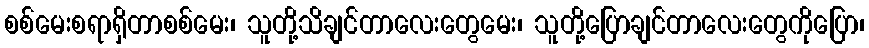
စစ်မေးစရာရှိတာစစ်မေး၊ သူတို့သိချင်တာလေးတွေမေး၊ သူတို့ပြောချင်တာလေးတွေကိုပြော၊